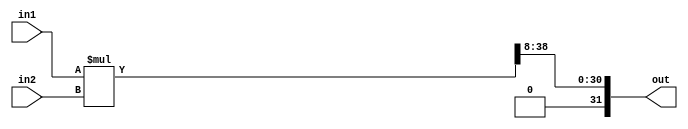
`timescale 1ns / 1ps


module 
 fixed_point_mul #(parameter
	DATA_WIDTH = 32,
	INTEGER = 23, 
	FRACTION = 8 )
    (
    input [DATA_WIDTH-1:0] in1,
    input [DATA_WIDTH-1:0] in2,
    output [DATA_WIDTH-1:0] out
    );
    
	wire signed [2*DATA_WIDTH-1:0] out_signal;
	
    assign out_signal = in1 * in2;
    assign out =  {out_signal[(2*FRACTION)+INTEGER-1:2*FRACTION],out_signal[(2*FRACTION)-1:FRACTION]};
   
endmodule